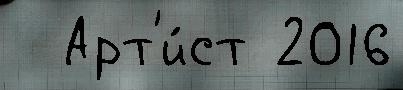
  Арт'и́ст 2016